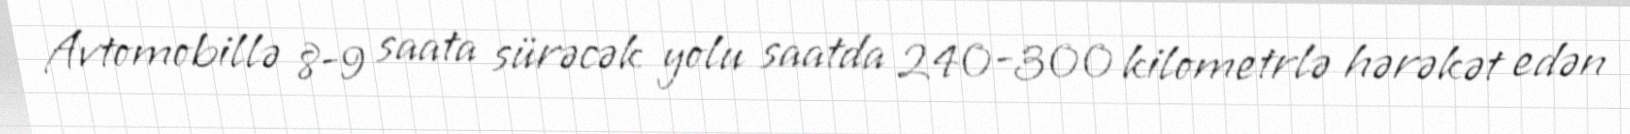
Avtomobillə 8-9 saata sürəcək yolu saatda 240-300 kilometrlə hərəkət edən